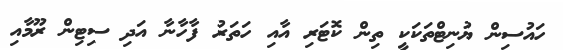
ހައުސިން ޔުނިޓްތަކަކީ ތިން ކޮޓަރި އާއި ހަތަރު ފާހާނާ އަދި ސިޓިން ރޫމާއި